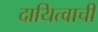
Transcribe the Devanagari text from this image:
दायित्वाची